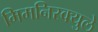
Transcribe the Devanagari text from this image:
मिमनिस्क्युले